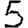
Digit: 5